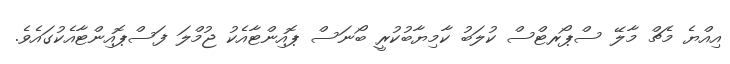
އިއްޔެ މެޗް މާލޭ ސްޕޯރޓްސް ކުލަބު ކާމިޔާބުކުރީ ބޯނަސް ޕޮއިންޓާއެކު ޖުމްލަ ފަސްޕޮއިންޓާއެކުގައެވެ.